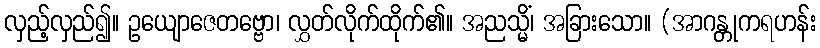
လှည့်လှည်၍။ ဥယျောဇေတဗ္ဗော၊ လွှတ်လိုက်ထိုက်၏။ အညသ္မိံ၊ အခြားသော။ (အာဂန္တုကရဟန်း